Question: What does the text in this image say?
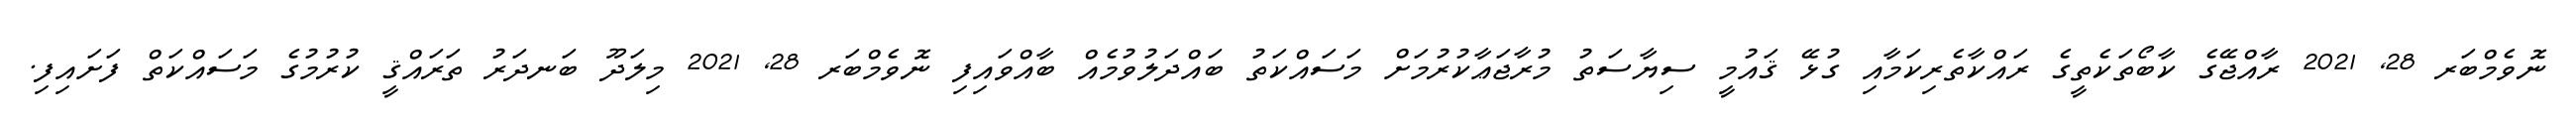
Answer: ނޮވެމްބަރ 28, 2021 ރާއްޖޭގެ ކާބޯތަކެތީގެ ރައްކާތެރިކަމާއި ގުޅޭ ޤައުމީ ސިޔާސަތު މުރާޖަޢާކުރުމަށް މަސައްކަތު ބައްދަލުވުމެއް ބާއްވައިފި ނޮވެމްބަރ 28, 2021 މިލަދޫ ބަނދަރު ތަރައްޤީ ކުރުމުގެ މަސައްކަތް ފަށައިފި.